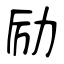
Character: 励